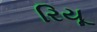
રિયૂ